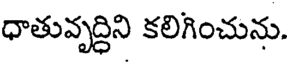
ధాతువృద్ధిని కలిగించును.